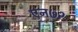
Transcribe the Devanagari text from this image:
एन७२